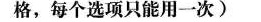
格,每个选项只能用一次)